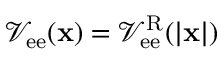
\mathcal { V } _ { \mathrm { e e } } ( { \bf x } ) = \mathcal { V } _ { \mathrm { e e } } ^ { \mathrm { R } } ( | { \bf x } | )